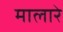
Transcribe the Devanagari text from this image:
मालारे